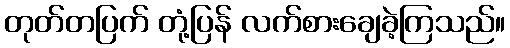
တုတ်တပြက် တုံ့ပြန် လက်စားချေခဲ့ကြသည်။